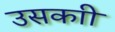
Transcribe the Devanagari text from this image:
उसकाी